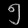
Digit: ၅